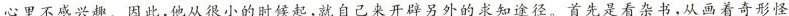
心里不感兴趣。因此他从很小的时候起,就自己来开辟另外的求知途径。首先是看杂书,从画着奇形怪